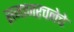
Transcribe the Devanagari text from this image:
समाजरचनेचे